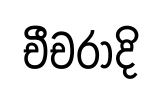
චීචරාදි